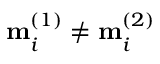
\mathbf { m } _ { i } ^ { ( 1 ) } \neq \mathbf { m } _ { i } ^ { ( 2 ) }